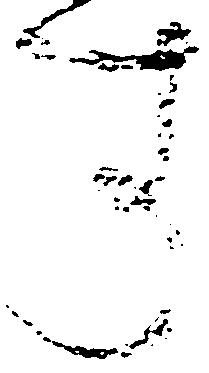
す